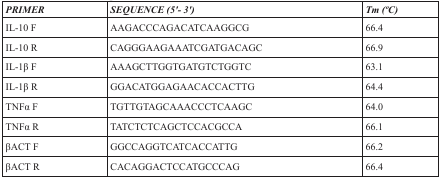
<table><thead><tr><td><b><i>PRIMER</i></b></td><td><b><i>SEQUENCE (5′- 3′)</i></b></td><td><b><i>Tm (°C)</i></b></td></tr></thead><tbody><tr><td>IL-10 F</td><td>AAGACCCAGACATCAAGGCG</td><td>66.4</td></tr><tr><td>IL-10 R</td><td>CAGGGAAGAAATCGATGACAGC</td><td>66.9</td></tr><tr><td>IL-1β F</td><td>AAAGCTTGGTGATGTCTGGTC</td><td>63.1</td></tr><tr><td>IL-1β R</td><td>GGACATGGAGAACACCACTTG</td><td>64.4</td></tr><tr><td>TNFα F</td><td>TGTTGTAGCAAACCCTCAAGC</td><td>64.0</td></tr><tr><td>TNFα R</td><td>TATCTCTCAGCTCCACGCCA</td><td>66.1</td></tr><tr><td>βACT F</td><td>GGCCAGGTCATCACCATTG</td><td>66.2</td></tr><tr><td>βACT R</td><td>CACAGGACTCCATGCCCAG</td><td>66.4</td></tr></tbody></table>